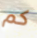
كم